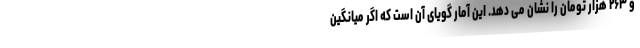
و ۲۶۳ هزار تومان را نشان می دهد. این آمار گویای آن است که اگر میانگین